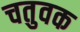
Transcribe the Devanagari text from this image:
चतुवक